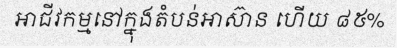
អាជីវកម្មនៅក្នុងតំបន់អាស៊ាន ហើយ ៨៥%